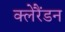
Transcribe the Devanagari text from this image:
क्लेरैंडन